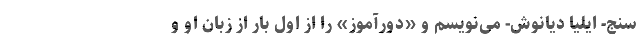
سنج- ایلیا دیانوش- می‌نویسم و «دورآموز» را از اول بار از زبان او و